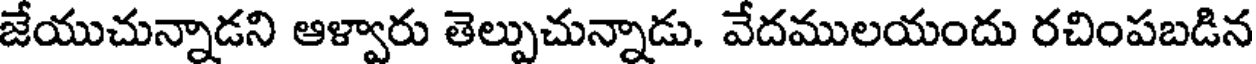
జేయుచున్నాడని ఆళ్వారు తెల్పుచున్నాడు. వేదములయందు రచింపబడిన